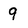
Character: 9